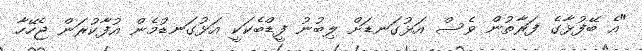
"އެ ބޭފުޅާގެ ފަރާތުން ވެސް އަޅުގަނޑަށް ލިބުނު ފީޑްބެކަކީ އަޅުގަނޑުމެން އުފާކުރަން ޖެހޭހާ